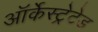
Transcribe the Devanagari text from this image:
ऑर्केस्ट्रेटेड